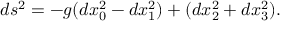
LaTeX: d s ^ { 2 } = - g ( d x _ { 0 } ^ { 2 } - d x _ { 1 } ^ { 2 } ) + ( d x _ { 2 } ^ { 2 } + d x _ { 3 } ^ { 2 } ) .